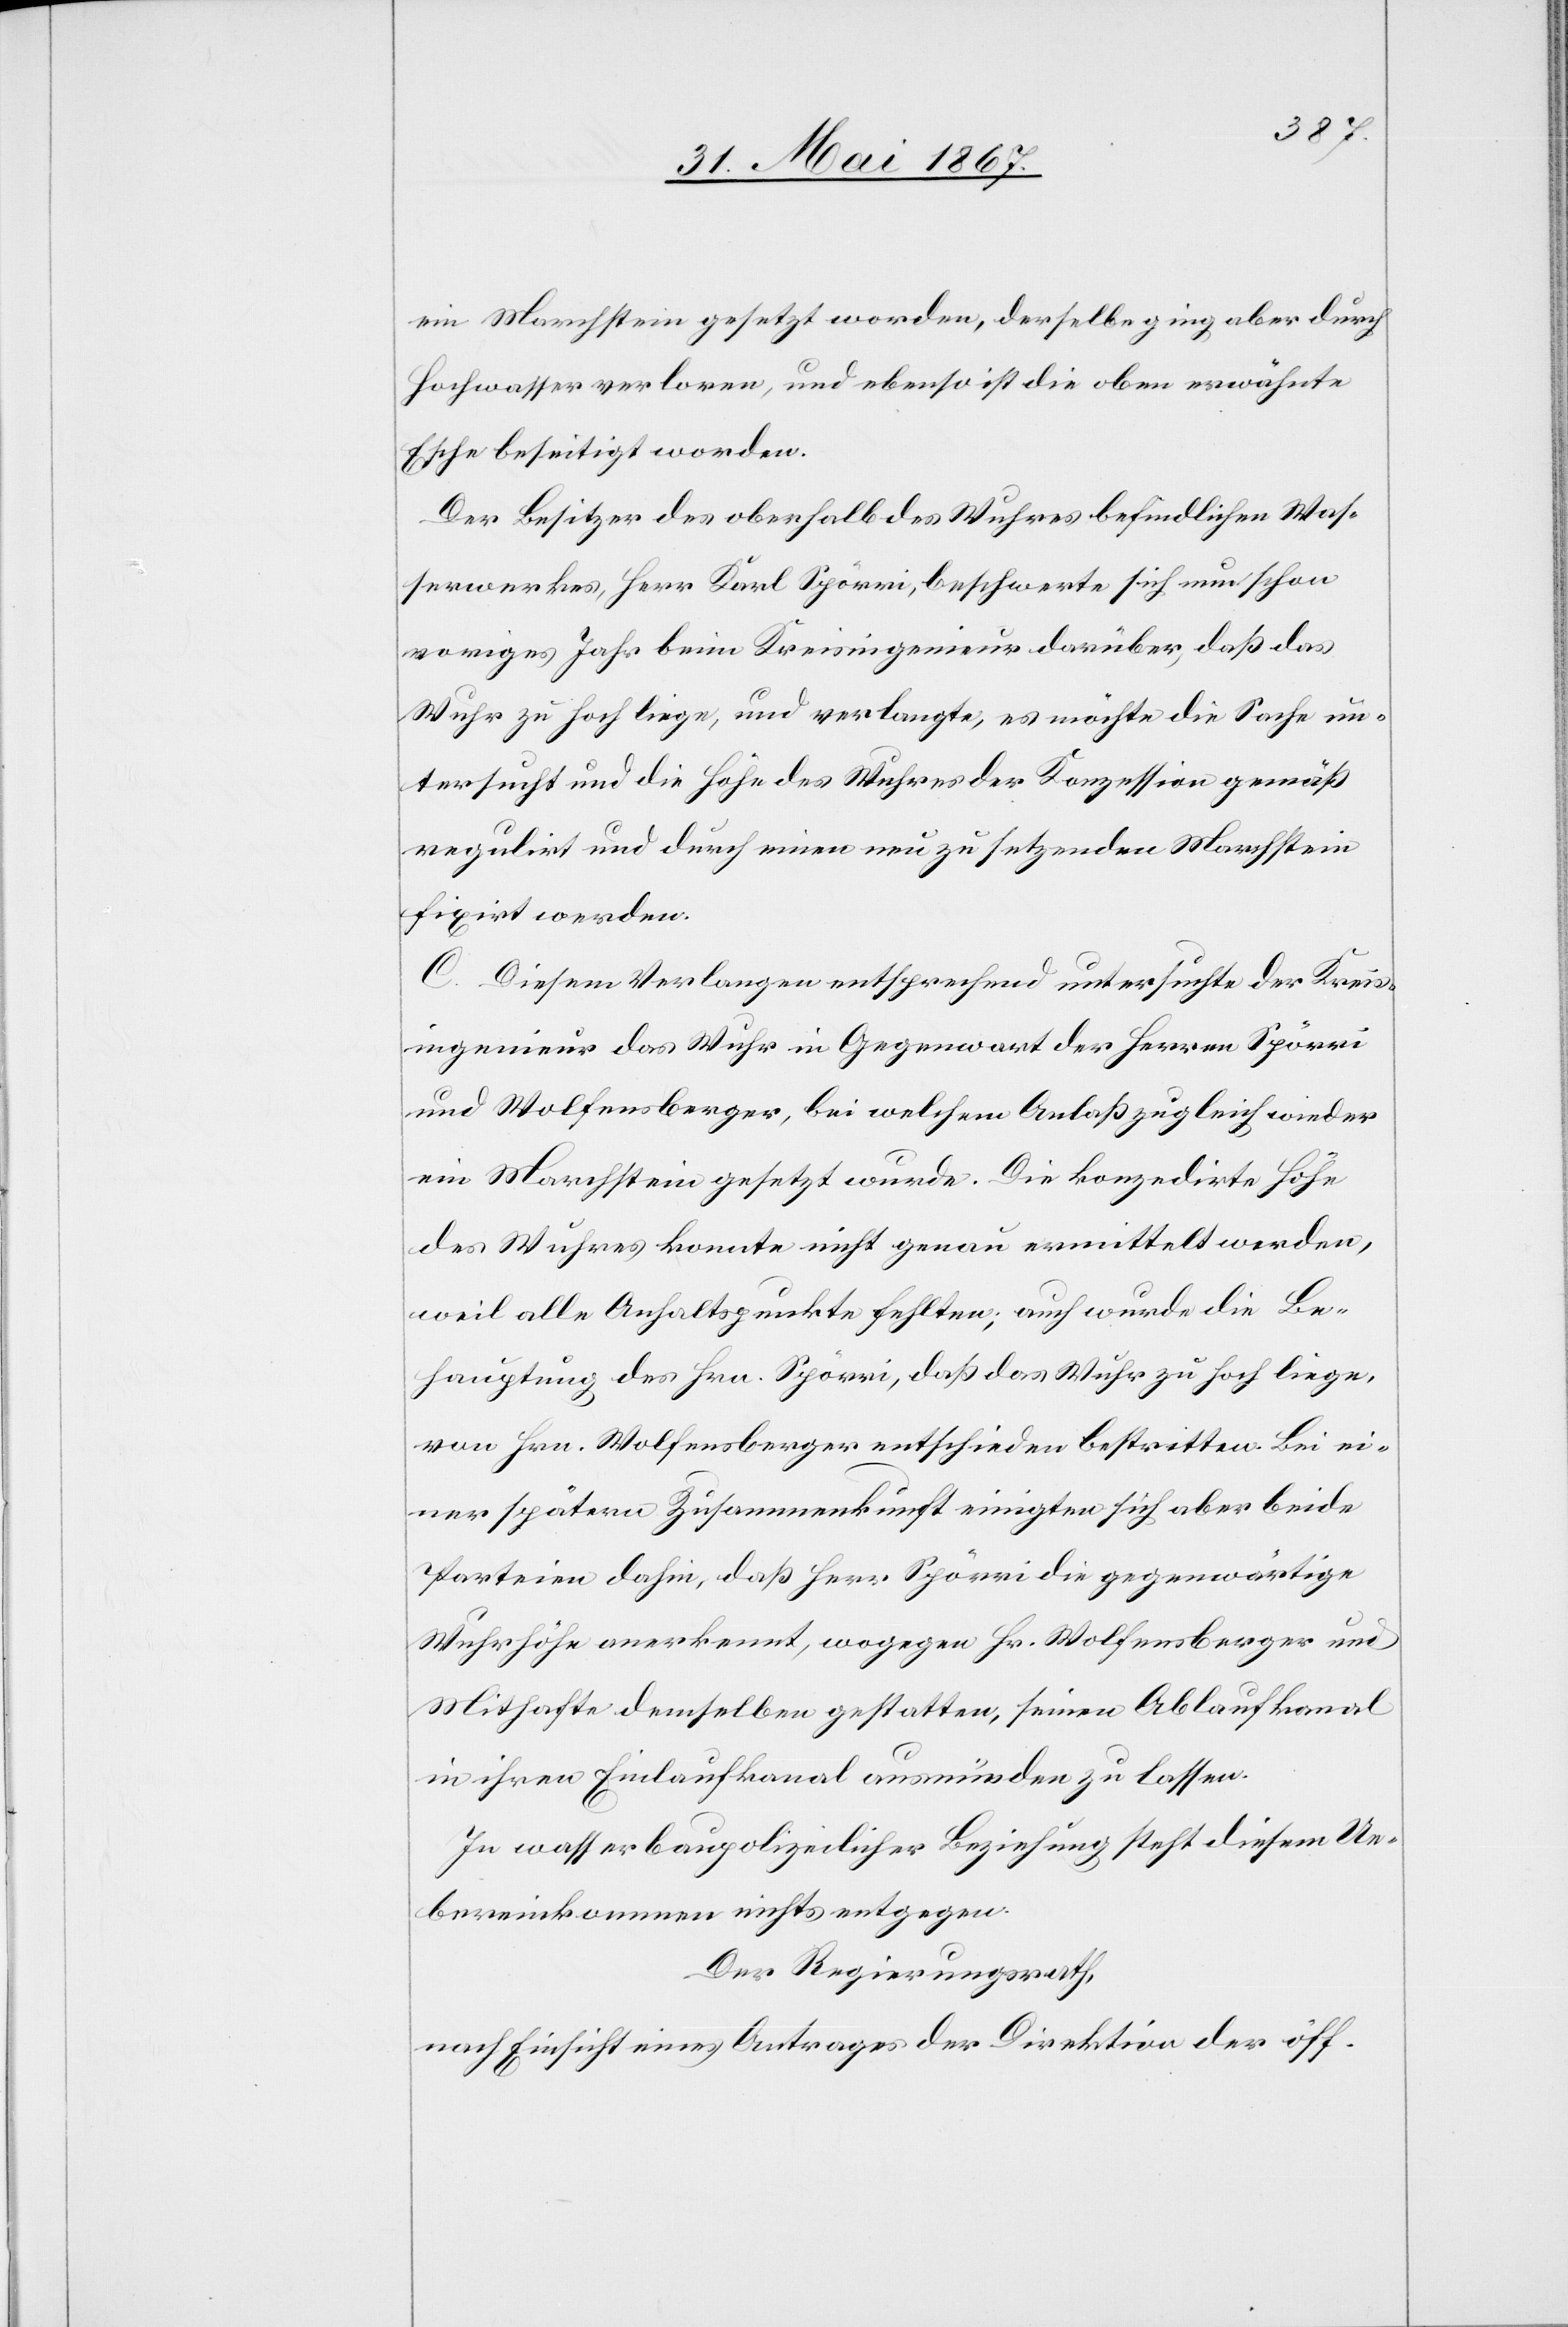
ein Marchstein gesetzt worden, derselbe ging aber durch
Hochwasser verloren, und ebenso ist die oben erwähnte
Esche beseitigt worden.
Der Besitzer des oberhalb des Wuhres befindlichen Was¬
serwerkes, Herr Karl Spörri, beschwerte sich nun schon
voriges Jahr beim Kreisingenieur darüber, daß das
Wuhr zu hoch liege, und verlangte, es möchte die Sache un¬
tersucht und die Höhe des Wuhres der Konzession gemäß
regulirt und durch einen neu zu setzenden Marchstein
fixirt werden.
C. Diesem Verlangen entsprechend untersuchte der Kreis¬
ingenieur das Wuhr in Gegenwart der Herren Spörri
und Wolfensberger, bei welchem Anlaß zugleich wieder
ein Marchstein gesetzt wurde. Die konzedirte Höhe
des Wuhres konnte nicht genau ermittelt werden,
weil alle Anhaltspunkte fehlten; auch wurde die Be¬
hauptung des Hrn. Spörri, daß das Wuhr zu hoch liege,
von Hrn. Wolfensberger entschieden bestritten. Bei ei¬
ner späteren Zusammenkunft einigten sich aber beide
Parteien dahin, daß Herr Spörri die gegenwärtige
Wuhrhöhe anerkennt, wogegen Hr. Wolfensberger und
Mithafte demselben gestatten, seinen Ablaufkanal
in ihren Einlaufkanal ausmünden zu lassen.
In wasserbaupolizeilicher Beziehung steht diesem Ue¬
bereinkommen nichts entgegen.
Der Regierungsrath,
nach Einsicht eines Antrages der Direktion der öff.